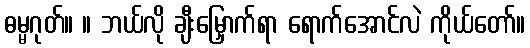
ဓမ္မဂုတ်။ ။ ဘယ်လို ချီးမြှောက်ရာ ရောက်အောင်လဲ ကိုယ်တော်။